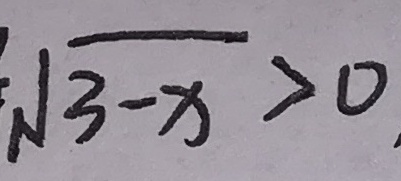
\sqrt { 3 - x } > 0